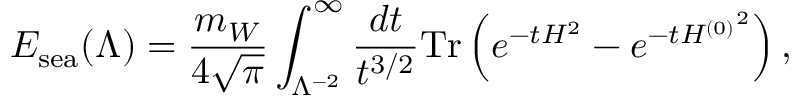
E _ { \mathrm { s e a } } ( \Lambda ) = { \frac { m _ { W } } { 4 \sqrt { \pi } } } \int _ { \Lambda ^ { - 2 } } ^ { \infty } { \frac { d t } { t ^ { 3 / 2 } } } \mathrm { T r } \left( e ^ { - t { \cal H } ^ { 2 } } - e ^ { - t { { \cal H } ^ { ( 0 ) } } ^ { 2 } } \right) ,